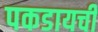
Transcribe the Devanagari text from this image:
पकडायची